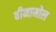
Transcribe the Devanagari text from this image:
बीनामोल